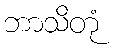
ဘာသိတုံ